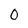
Character: 0